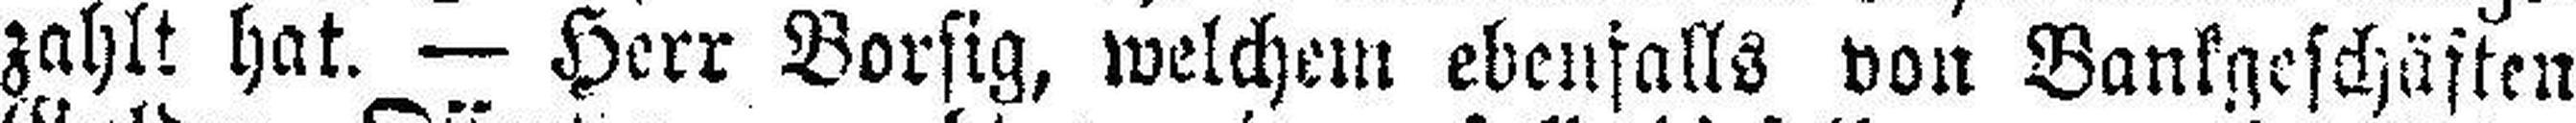
zahlt hat. — Herr Borsig, welchem ebenfalls von Bankgeschäften